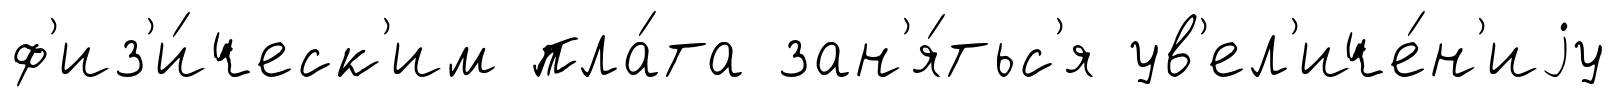
ф'из'и́ческ'им пла́та зан'я́тьс'я ув'ел'иче́н'иjу